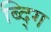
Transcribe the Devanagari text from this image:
ब्द्गि